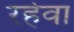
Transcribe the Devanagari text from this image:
रहेवा